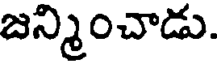
జన్మించాడు.